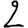
Digit: 2